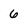
Character: 6